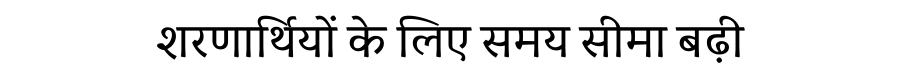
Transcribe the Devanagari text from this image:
शरणार्थियों के लिए समय सीमा बढ़ी